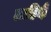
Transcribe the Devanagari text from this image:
लाहिडी़